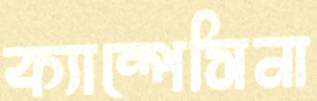
ক্যাম্পেসিনা